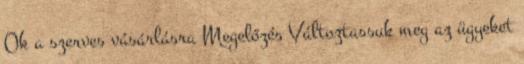
Ok a szerves vásárlásra Megelőzés Változtassuk meg az ügyeket